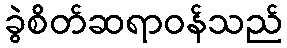
ခွဲစိတ်ဆရာဝန်သည်